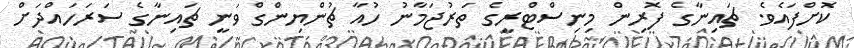
ކޮށްފައެވެ. ޗައިނާގެ ފޮރިން މިނިސްޓްރީގެ ތަރުޖަމާނު ހުއާ ޗުންޔިންގް ވަނީ ޗައިނާގެ ސަރަހައްދަށް